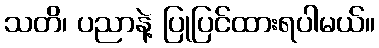
သတိ၊ ပညာနဲ့ ပြုပြင်ထားရပါမယ်။